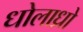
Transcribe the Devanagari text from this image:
धोलाध्रो